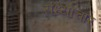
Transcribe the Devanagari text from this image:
संध्याचार